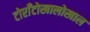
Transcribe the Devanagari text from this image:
टोराँटोखालोखाल